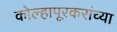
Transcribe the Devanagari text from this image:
कोल्हापूरकरांच्या